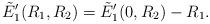
LaTeX: \begin{align*}\tilde E_1'(R_1,R_2) = \tilde E_1'(0,R_2)-R_1.\end{align*}